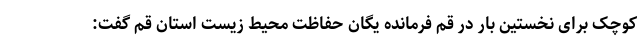
کوچک برای نخستین بار در قم فرمانده یگان حفاظت محیط زیست استان قم گفت: